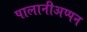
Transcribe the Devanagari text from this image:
पालानीअप्पन